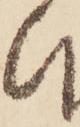
ひ